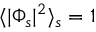
\langle | \Phi _ { s } | ^ { 2 } \rangle _ { s } = 1